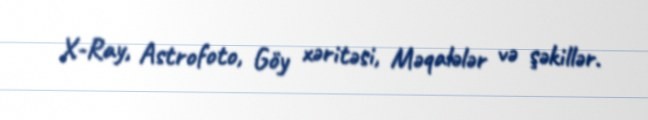
X-Ray, Astrofoto, Göy xəritəsi, Məqalələr və şəkillər.